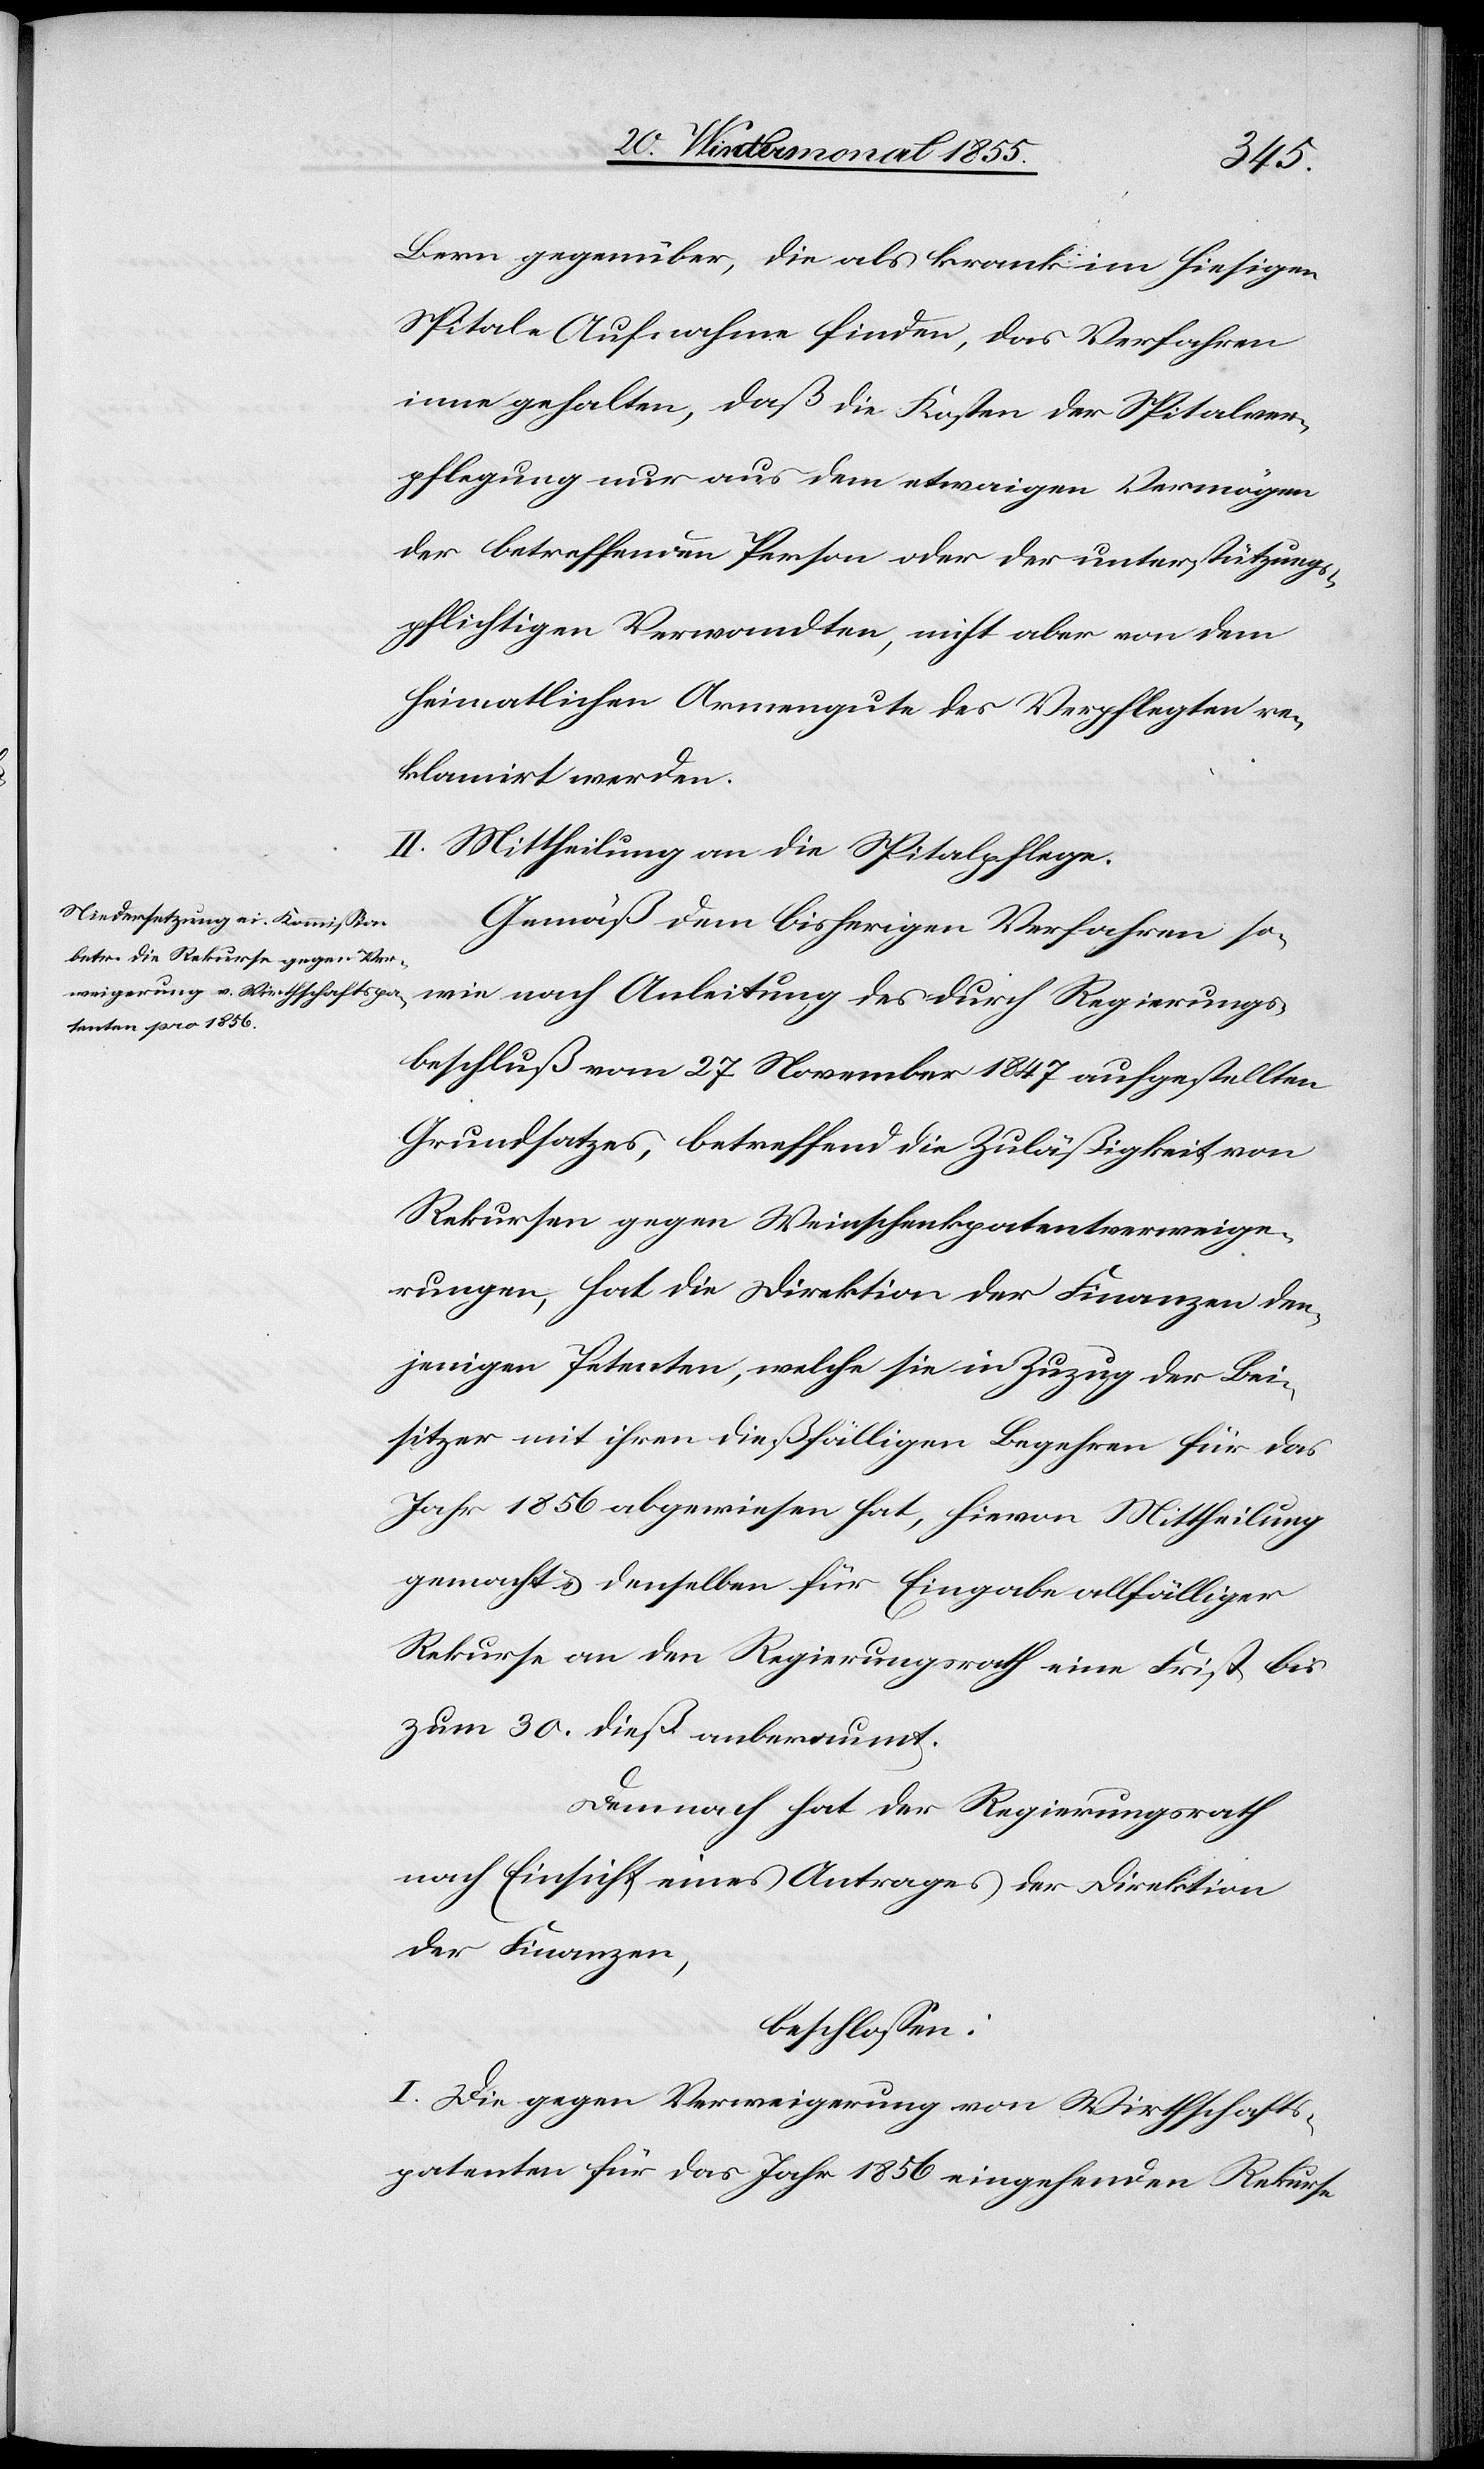
Bern gegenüber, die als krank im hiesigen
Spitale Aufnahme finden, das Verfahren
inne gehalten, daß die Kosten der Spitalver¬
pflegung nur aus dem etwaigen Vermögen
der betreffenden Person oder der unterstützungs¬
pflichtigen Verwandten, nicht aber von dem
heimatlichen Armengute des Verpflegten re¬
klamirt werden.
II. Mittheilung an die Spitalpflege.
Gemäß dem bisherigen Verfahren so¬
wie nach Anleitung des durch Regierungs¬
beschluß vom 27 November 1847 aufgestellten
Grundsatzes, betreffend die Zuläßigkeit von
Rekursen gegen Weinschenkpatentverweige¬
rungen, hat die Direktion der Finanzen den¬
jenigen Petenten, welche sie in Zuzug der Bei¬
sitzer mit ihren dießfälligen Begehren für das
Jahr 1856 abgewiesen hat, hievon Mittheilung
gemacht & denselben für Eingabe allfälliger
Rekurse an den Regierungsrath eine Frist bis
zum 30. dieß anberaumt.
Demnach hat der Regierungsrath
nach Einsicht eines Antrages der Direktion
der Finanzen,
beschlossen:
I. Die gegen Verweigerung von Wirthschafts¬
patenten für das Jahr 1856 eingehenden Rekurse